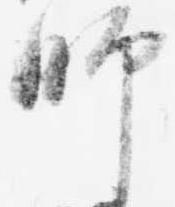
師